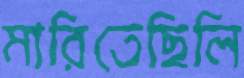
মারিতেছিলি